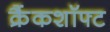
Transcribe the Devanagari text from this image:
क्रैंकशॉफ्ट